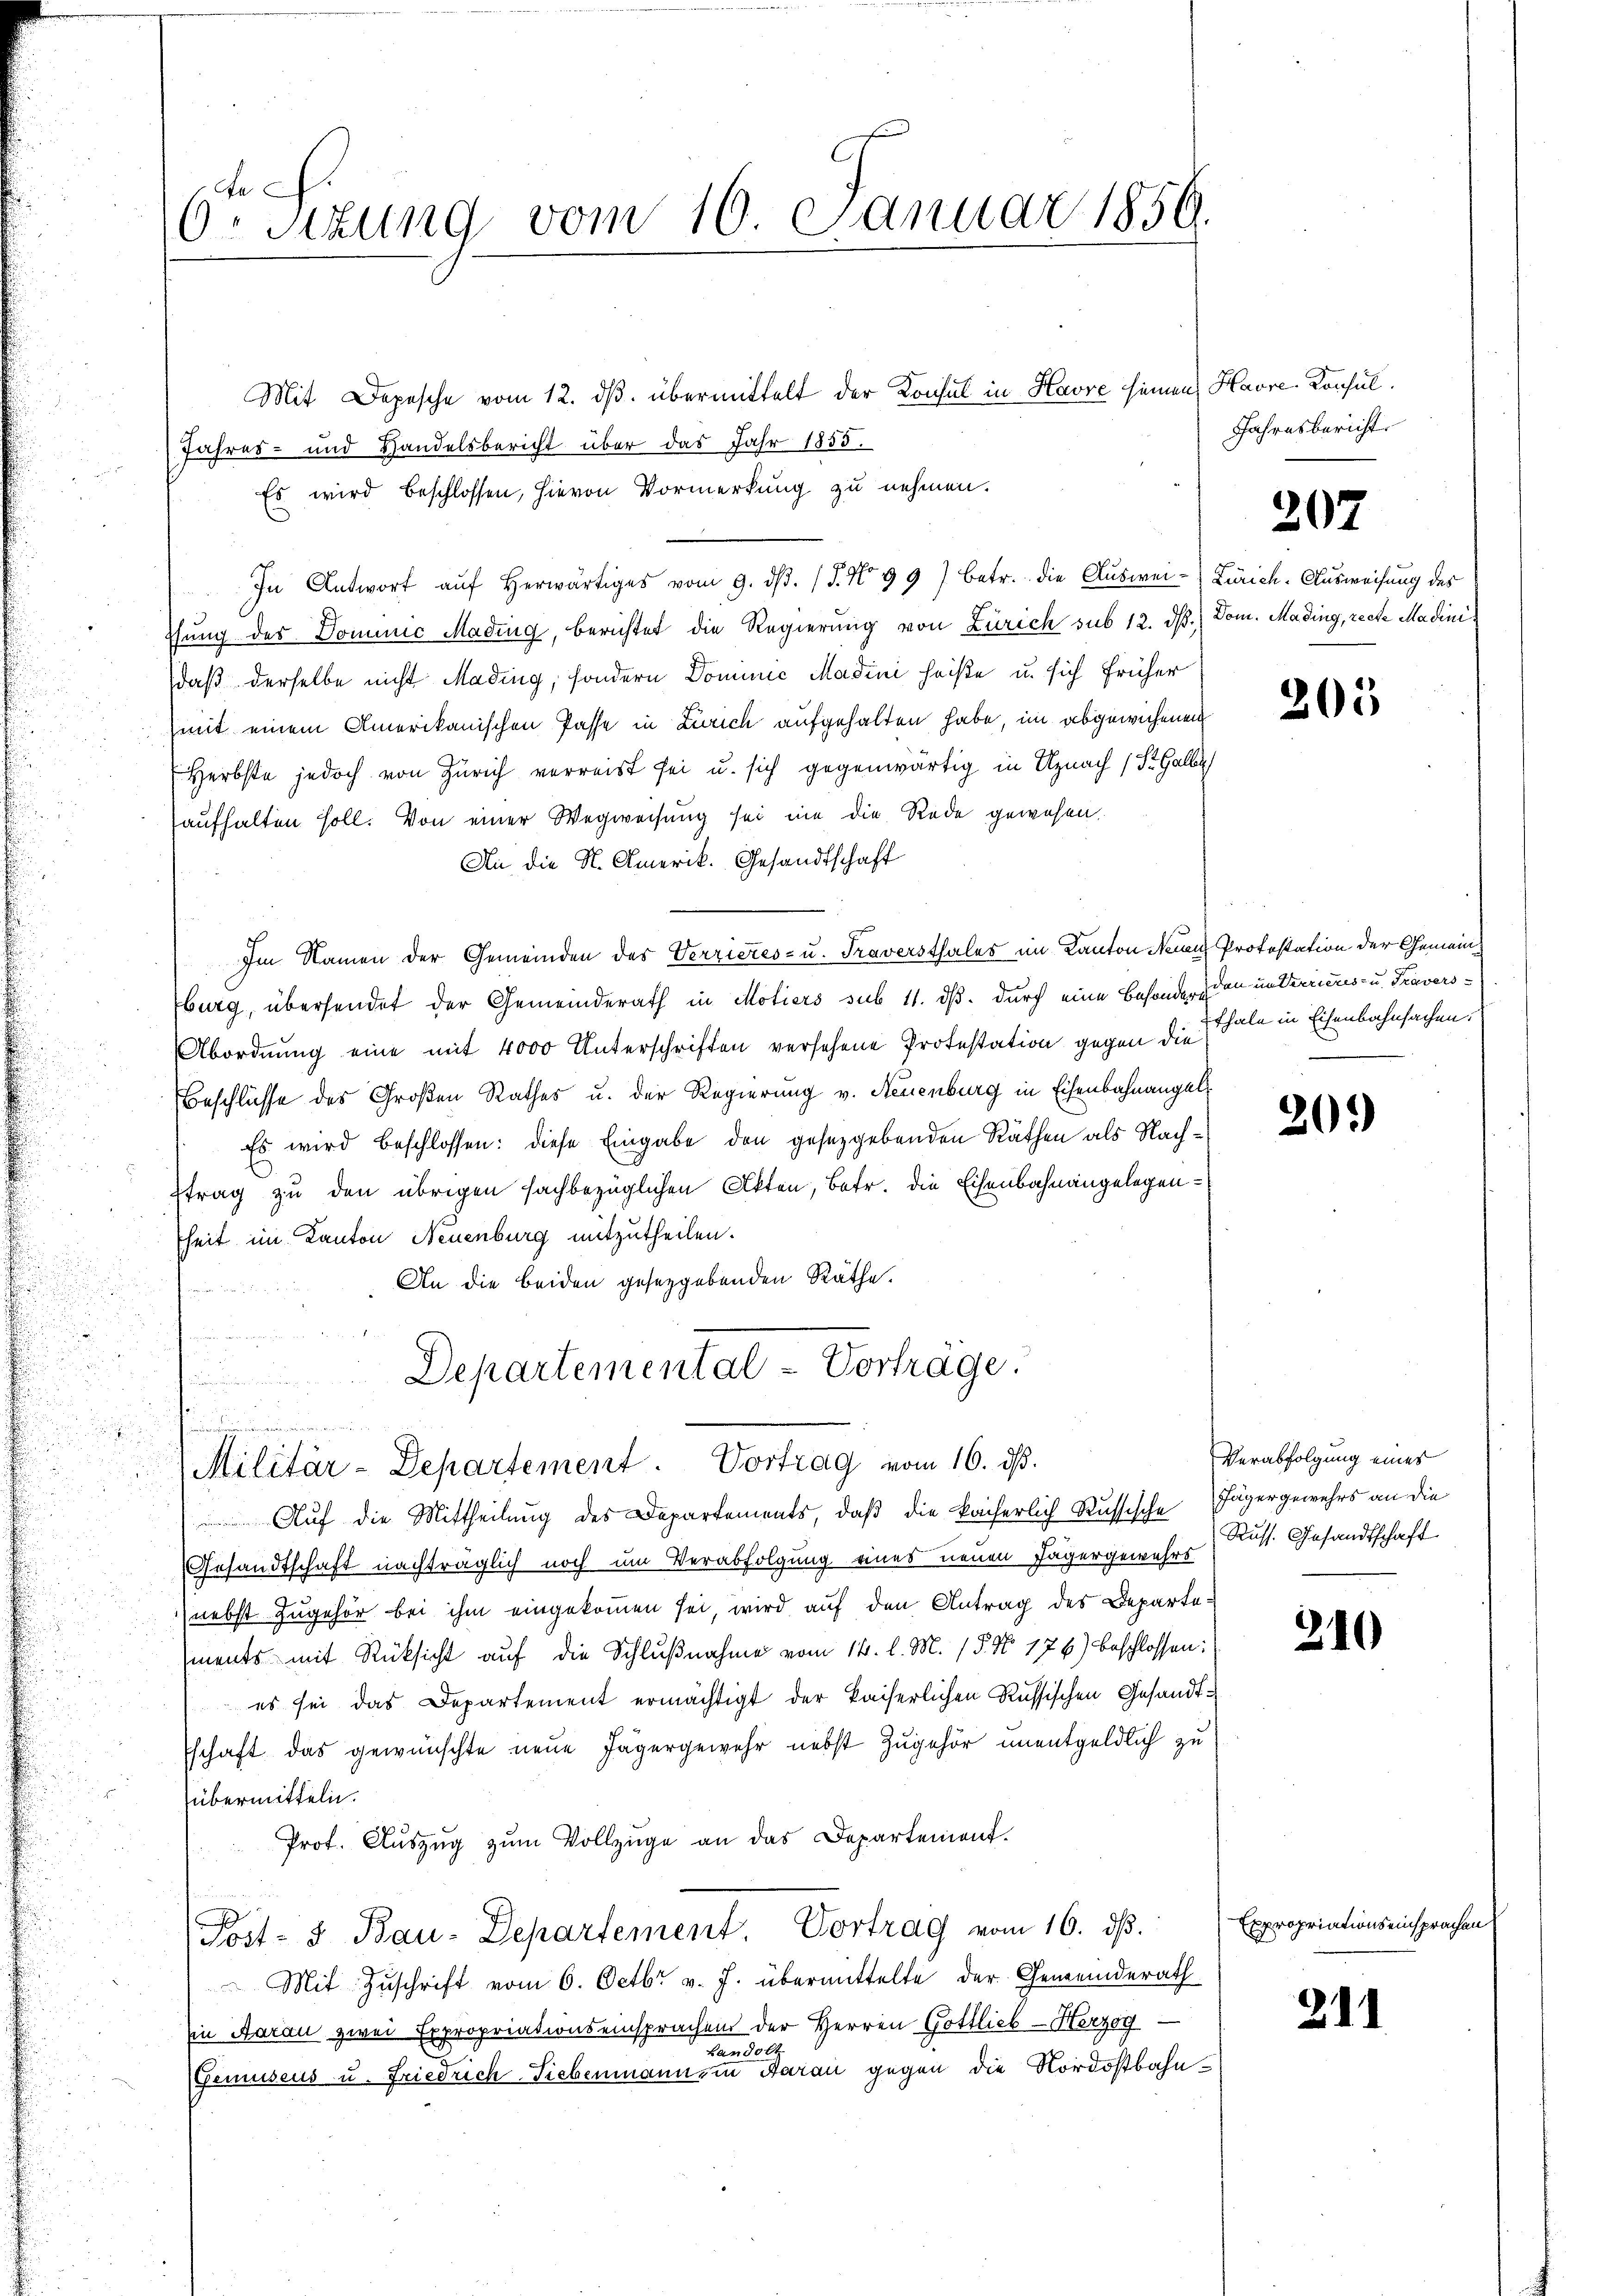
d

6. Sitzung vom 10. Januar 1859.

Mit Depesche vom 12. ds. übermittelt der Konsul in Havre seinen Havre-Konsul¬
Jahres- und Handelsbericht über das Jahr 1855.
Es wird beschlossen, hievon Vormerkung zu nehmen.
In Antwort aŭf herwärtiges vom 9. dβ. / 5. No 997 betr. die Auswei-Zürich-Ausweisung des
thung des Dominić Mading, berichtet die Regierung von Zürich sub 12. dß. Dom. Mading, recte Madini
daß derselbe nicht Mading, sondern Dominić Madini heiße u. sich früher
(mit einem Amerikanischen Pässe in Zürich aufgehalten habe, im abgewichenen
Herbste jedoch von Zürich verreist sei u. sich gegenwärtig in Uznach (St. Galle
aufhalten soll. Von einer Wegweisung sei nie die Rede gewesen.
An die N. Amerik. Gesandtschaft
Im Namen der Gemeinden des Verrieres- u. Traversthales im Kanton Neuen Protestation der Gemeinburg, übersendet der Gemeinderath in Motiers sub 11. dß. durch eine Besonder den unterrieres- u. Travers¬
Abordnung eine mit 4000 Unterschriften versehene Protestation gegen die Thale in Eisenbahnsachen.
Beschlüsse des Großen Rathes u. der Regierung v. Neuenburg in Eisenbahnangel
Es wird beschlossen: diese Eingabe den gesetzgebenden Räthen als Nachftrag zu den übrigen sachbezüglichen Akten, betr. die Eisenbahnangelegenheit im Kanton Neuenburg mitzutheilen.
An die beiden gesetzgebenden Räthe.

Departementat Vorträge.
.
Militär-Departement. Vortrag vom 16. dβ.
Auf die Mittheilung des Departements, daß die kaiserlich Russische Jägergewehrs an die
Gesandtschaft nachträglich noch um Verabfolgung eines neuen Jägergewahrs
(nebst zugehör bei ihm eingekommen sei, wird auf den Antrag des Departements mit Rücksicht auf die Schlußnahme vom 14. l. M. (§. No 176) beschlossen:
es sei das Departement ermächtigt der kaiserlichen Russischen Gesandtschaft das gewünschte neue Jägergewehr nebst Zugehör unentgeldlich zu
übermitteln.
Prof. Auszug zum Vollzüge an das Departement.
Post- & Bau-Departement. Vortrag vom 16. ds.
Mit Zuschrift vom 6. Octbr. v. J. übermittelte der Gemeinderath
Ein Aarau zwei Expropriationseinsprachen der Herren Gottlieb - Herzog¬
Landol
Gemuseus u. Friedrich Siebenmann, in Aarau gegen die Nordostbahn¬

Jahresbericht.

207

205

20.)

Verabfolgung eines
Russ. Gesandtschaft

210

Expropriationseinsprachen

211